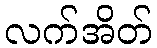
လက်အိတ်